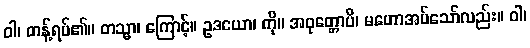
ဝါ၊ တန့်ရပ်၏။ တသ္မာ၊ ကြောင့်။ ဥဒယော၊ ကို။ အဝုတ္တောပိ၊ မဟောအပ်သော်လည်း။ ဝါ၊